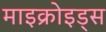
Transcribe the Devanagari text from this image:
माइक्रोइड्स